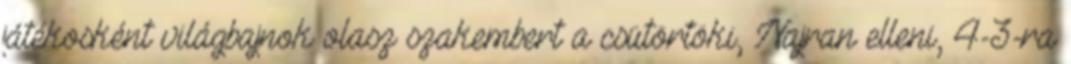
játékosként világbajnok olasz szakembert a csütörtöki, Najran elleni, 4-3-ra